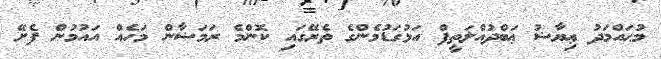
މުޙައްމަދު ޢިޔާޟު ޢަބްދުއްލަތީފް އަޅުގަޑުމެންގެ ތެރޭގައި ކޮންމެ ރަމަޟާން މަހެއް އައުމުން ފެށޭ